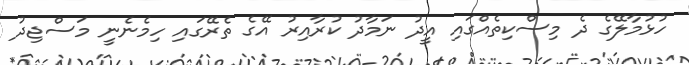
ހުޅުމާލޭގެ ދެ މިސްކިތެއްގައި އީދު ނަމާދު ކުރާއިރު އޭގެ ތެރޭގައި ހިމެނެނީ މަސްޖިދު